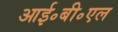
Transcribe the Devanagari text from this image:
आई॰बी॰एल